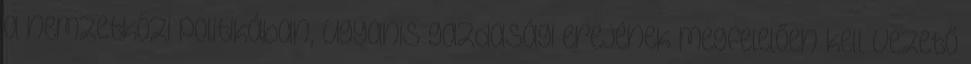
a nemzetközi politikában, ugyanis gazdasági erejének megfelelően kell vezető